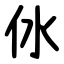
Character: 㲻